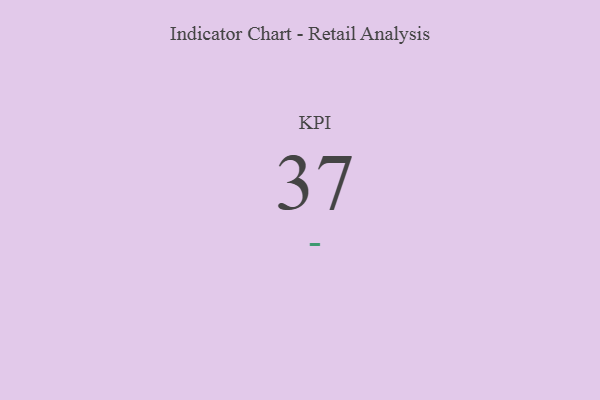
{"axis": {"x": "KPI", "y": "Value"}, "legend": [""], "data": [{"x": "KPI", "y": 37, "type": ""}]}